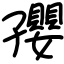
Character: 孾